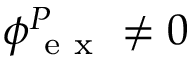
\boldsymbol \phi { } _ { \mathrm { ~ e ~ x ~ } } ^ { P } \neq 0